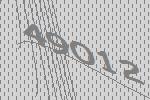
49012